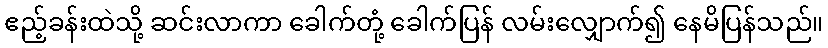
ဧည့်ခန်းထဲသို့ ဆင်းလာကာ ခေါက်တုံ့ ခေါက်ပြန် လမ်းလျှောက်၍ နေမိပြန်သည်။